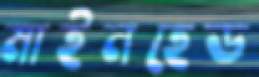
মাইনহেড